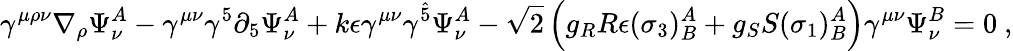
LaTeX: \gamma^{\mu\rho\nu}\nabla_{\rho}\Psi_{\nu}^{A}-\gamma^{\mu\nu}\gamma^{5}\partial_{5}\Psi_{\nu}^{A}+k\epsilon\gamma^{\mu\nu}\gamma^{\hat{5}}\Psi_{\nu}^{A}-\sqrt{2}\left(g_{R}R\epsilon(\sigma_{3})_{B}^{A}+g_{S}S(\sigma_{1})_{B}^{A}\right)\gamma^{\mu\nu}\Psi_{\nu}^{B}=0\ ,